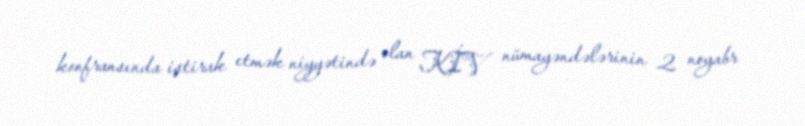
konfransında iştirak etmək niyyətində olan KİV nümayəndələrinin 2 noyabr